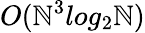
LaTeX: O(\mathbb{N}^{3}log_{2}\mathbb{N})